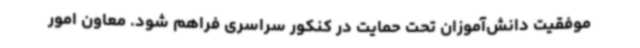
موفقیت دانش‌آموزان تحت حمایت در کنکور سراسری فراهم شود. معاون امور